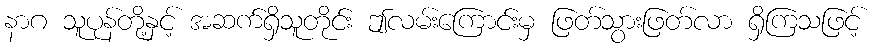
နာဂ သူပုန်တို့နှင့် အဆက်ရှိသူတိုင်း ဤလမ်းကြောင်းမှ ဖြတ်သွားဖြတ်လာ ရှိကြသဖြင့်